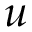
\boldsymbol { u }